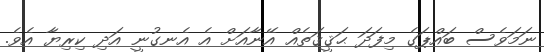
ނަމަވެސް ބައްޕަގެ މިފަދަ ޙަޤީޤަތެއް އޭނާއަށް އެ އެނގުނީ އަދި ކިރިޔާ އެވެ.